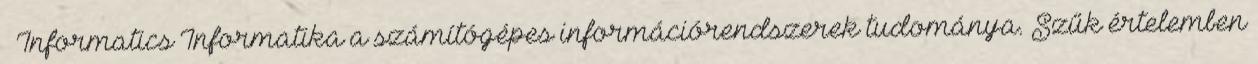
– Informatics Informatika a számítógépes információrendszerek tudománya. Szűk értelemben